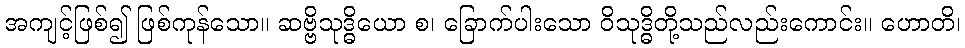
အကျင့်ဖြစ်၍ ဖြစ်ကုန်သော။ ဆဗ္ဗိသုဒ္ဓိယော စ၊ ခြောက်ပါးသော ဝိသုဒ္ဓိတို့သည်လည်းကောင်း။ ဟောတိ၊